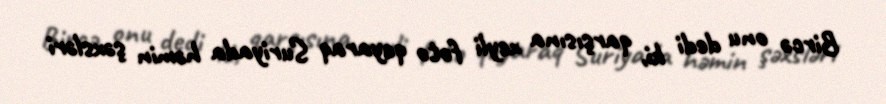
Bircə onu dedi ki, qarşısına xeyli foto qoyaraq Suriyada həmin şəxsləri